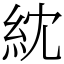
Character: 紞